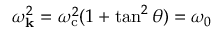
\omega _ { \mathbf { k } } ^ { 2 } = \omega _ { \mathrm { c } } ^ { 2 } ( 1 + \tan ^ { 2 } \theta ) = \omega _ { 0 }